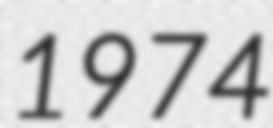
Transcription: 1974